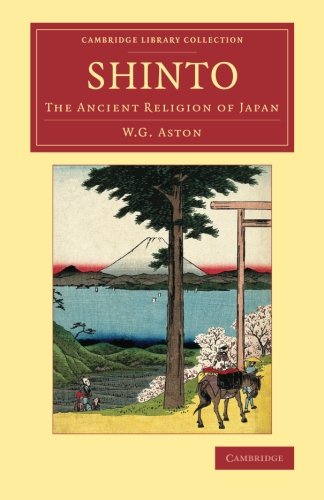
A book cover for Shinto: The Ancient Religion of Japan (Cambridge Library Collection - Religion); W. G. Aston; Religion & Spirituality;